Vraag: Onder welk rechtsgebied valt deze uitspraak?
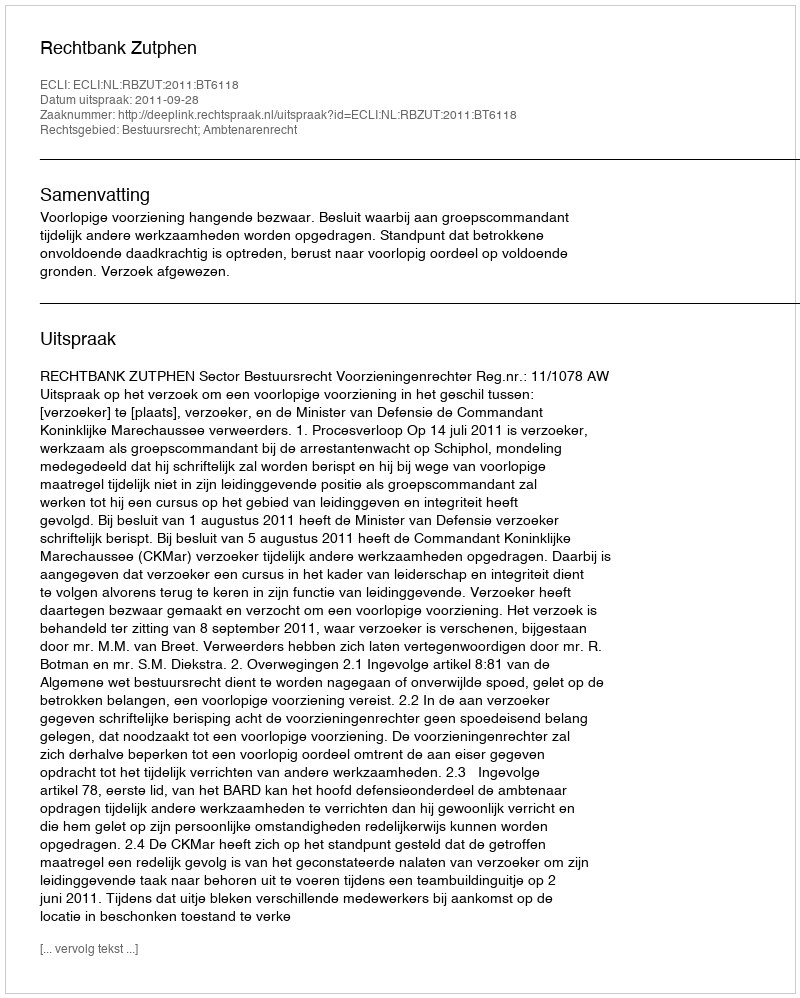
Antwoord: Bestuursrecht; Ambtenarenrecht